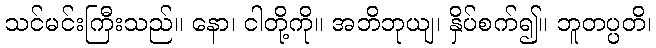
သင်မင်းကြီးသည်။ နော၊ ငါတို့ကို။ အဘိဘုယျ၊ နှိပ်စက်၍။ ဘူတပ္ပတိ၊